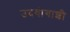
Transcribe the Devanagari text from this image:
उदयोगाशी